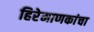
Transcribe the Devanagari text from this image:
हिरेमाणकांचा